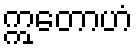
ဣတောဟံ